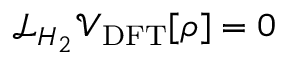
\mathcal { L } _ { H _ { 2 } } \mathcal { V } _ { \mathrm { D F T } } [ \rho ] = 0